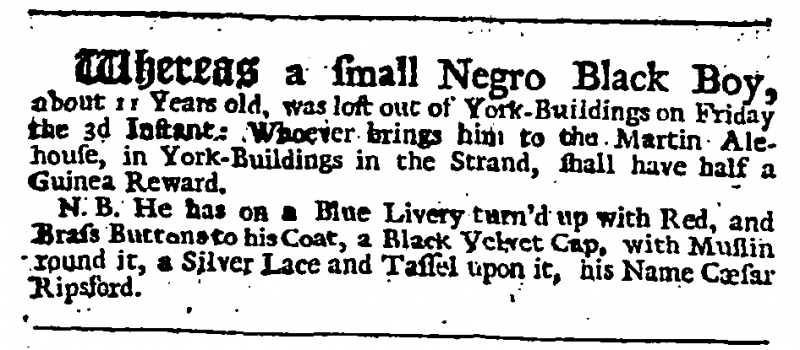
Daily Journal, 4 July 1730 (England)
Whereas a small Negro Black Boy, about 11 Years old, was lost out of York-Buildings on Friday the 3d Instant: Whoever brings him to the Martin Alehouse, in York-Buildings in the Strand, shall have half a Guinea Reward.  N.B. He has on a Blue Livery turn’d up with Red, and Brass Buttons to his Coat, a Black Velvet Cap, with Muslin round it, a Silver Lace and Tassel upon it, his Name Cæsar Ripsford.